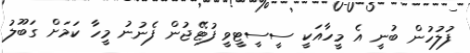
ފުލުހުން ބުނީ އެ މީހާއަކީ ސީސީޓީވީ ފުޓޭޖުން ފެނުނު މީހާ ކަމަށް ގަބޫލު